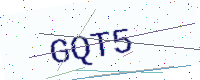
Text: GQT5